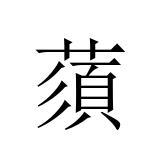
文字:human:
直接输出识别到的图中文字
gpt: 蕦